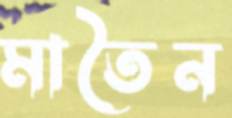
মাতৈন